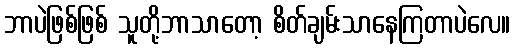
ဘာပဲဖြစ်ဖြစ် သူတို့ဘာသာတော့ စိတ်ချမ်းသာနေကြတာပဲလေ။